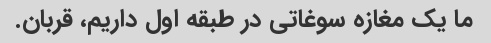
ما یک مغازه سوغاتی در طبقه اول داریم، قربان.